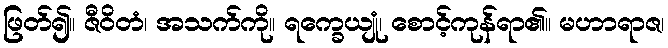
ဖြတ်၍။ ဇီဝိတံ၊ အသက်ကို။ ရက္ခေယျုံ၊ စောင့်ကုန်ရာ၏။ မဟာရာဇ၊